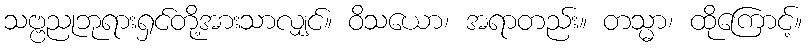
သဗ္ဗညုဘုရားရှင်တို့အားသာလျှင်။ ဝိသယော၊ အရာတည်း။ တသ္မာ၊ ထိုကြောင့်။